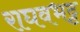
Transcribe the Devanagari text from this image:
राघवभट्ट